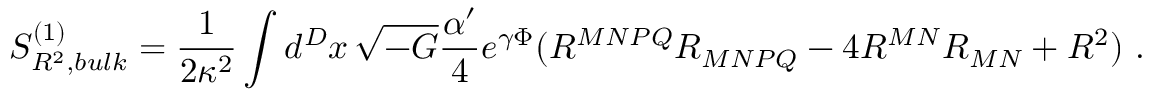
S _ { R ^ { 2 } , b u l k } ^ { ( 1 ) } = \frac { 1 } { 2 \kappa ^ { 2 } } \int d ^ { D } x \, \sqrt { - G } \frac { \alpha ^ { \prime } } { 4 } e ^ { \gamma \Phi } ( R ^ { M N P Q } R _ { M N P Q } - 4 R ^ { M N } R _ { M N } + R ^ { 2 } ) ~ .